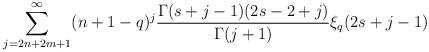
LaTeX: \begin{align*}\sum_{j=2n+2m+1}^\infty (n+1-q)^j \frac{\Gamma(s+j-1)(2s-2+j)}{\Gamma(j+1)} \xi_q(2s+j-1)\end{align*}